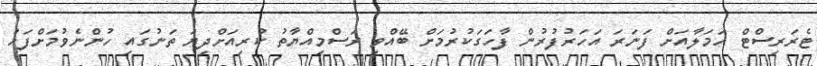
ޓެރަރިސްޓް ހަމަލާއަށް ފަނަރަ އަހަރުފުރުން ފާހަގަކުރުމަށް ބޭއްވި ރަސްމިއްޔާތު ކުރިއަށްދިޔަ ތަނުގައި ހުންނެވުމަށްފަހު